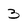
Character: 3